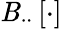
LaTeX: \mathit{B}_{\cdot\cdot}\left[\cdot\right]